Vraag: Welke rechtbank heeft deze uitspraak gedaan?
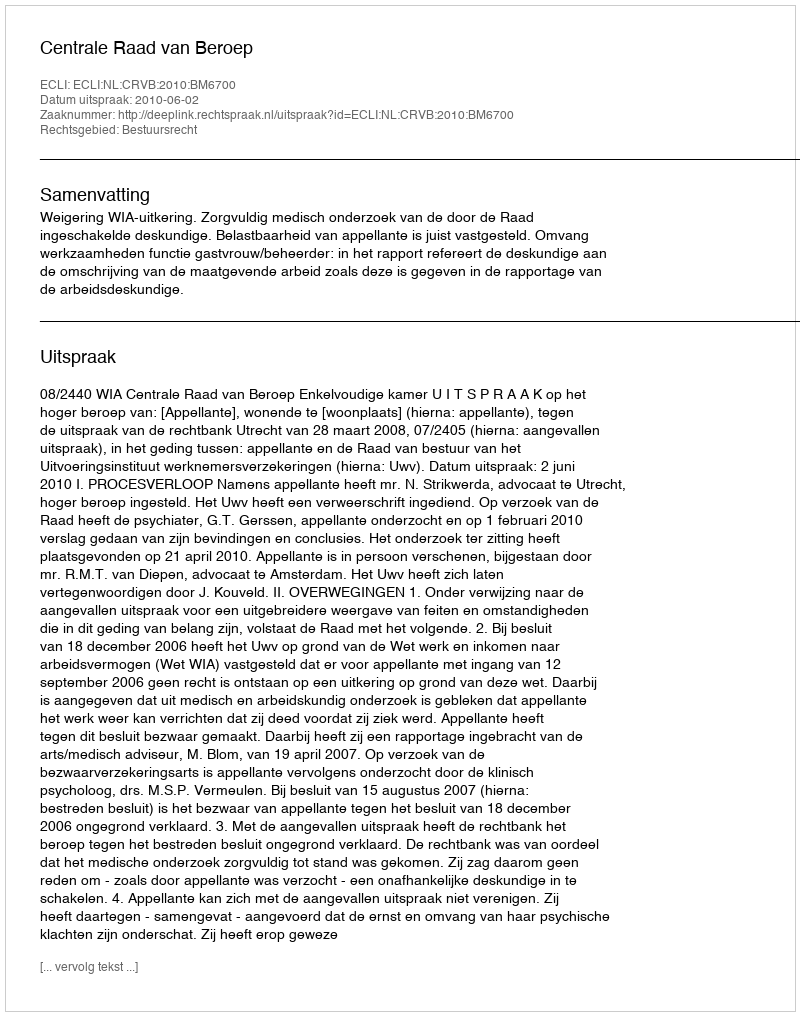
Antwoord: Centrale Raad van Beroep